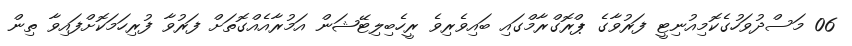
06 މަސްދުވަހުގެކޮމިއުނިޓީ ފަރުވާގެ ޕްރޮގްރާމްގައި ބައިވެރިވެ ރީހެބިލިޓޭޝަން އަމުރާއެއްގޮތަށް ފަރުވާ ފުރިހަމަކޮށްފައިވާ ތިން